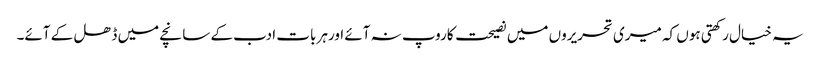
یہ خیال رکھتی ہوں کہ میری تحریروں میں نصیحت کاروپ نہ آئے اورہر بات ادب کے سانچے میں ڈھل کے آئے۔